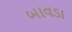
બાવડા